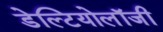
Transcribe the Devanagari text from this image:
डेल्टियोलॉजी